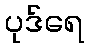
ပုဒ်ရေ